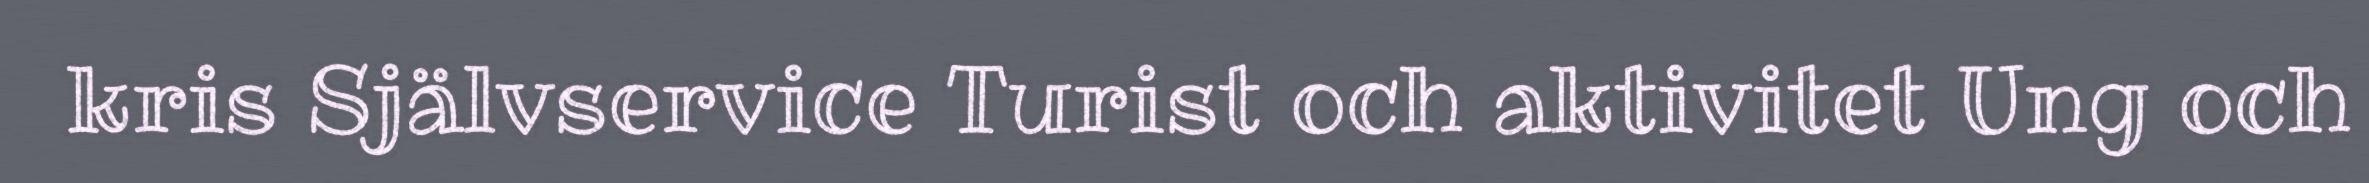
kris Självservice Turist och aktivitet Ung och